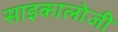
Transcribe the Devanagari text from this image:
साइकालोजी